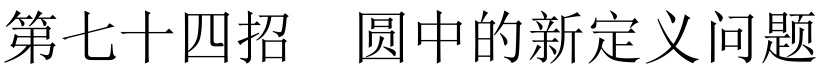
第七十四招  圆中的新定义问题